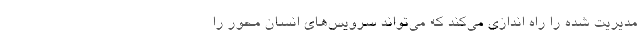
مدیریت شده را راه اندازی می‌کند که می‌تواند سرویس‌های انسان محور را